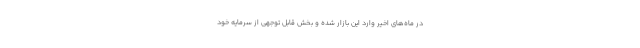
در ماه‌های اخیر وارد این بازار شده و بخش قابل توجهی از سرمایه خود